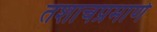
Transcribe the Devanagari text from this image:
तशाचप्रमाणे